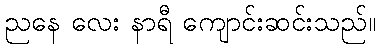
ညနေ လေး နာရီ ကျောင်းဆင်းသည်။